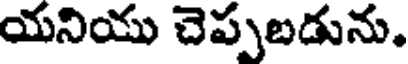
యనియు చెప్పబడును.